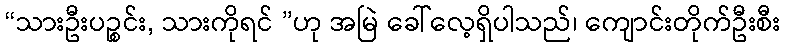
“သားဦးပဉ္စင်း, သားကိုရင် ”ဟု အမြဲ ခေါ်လေ့ရှိပါသည်၊ ကျောင်းတိုက်ဦးစီး